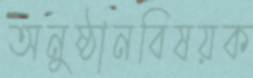
অনুষ্ঠানবিষয়ক